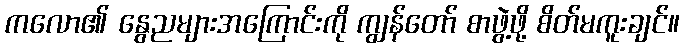
ကလော၏ နွေညများအကြောင်းကို ကျွန်တော် စာဖွဲ့ဖို့ စိတ်မကူးချင်။